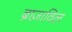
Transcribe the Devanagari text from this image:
ब्राज़ाविल